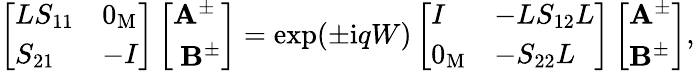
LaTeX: \left[\begin{array}{ll}{LS_{11}}&{0_{\mathrm{M}}}\\ {S_{21}}&{-I}\end{array}\right]\left[\begin{array}{l}{\mathbf{A}^{\pm}}\\ {\ \mathbf{B}^{\pm}}\end{array}\right]=\exp(\pm\mathrm{i}qW)\left[\begin{array}{ll}{I}&{-LS_{12}L}\\ {0_{\mathrm{M}}}&{-S_{22}L}\end{array}\right]\left[\begin{array}{l}{\mathbf{A}^{\pm}}\\ {\mathbf{B}^{\pm}}\end{array}\right],